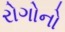
રોગોનો